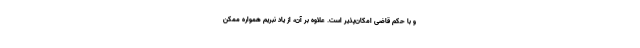
و با حکم قاضی امکان‌پذیر است. علاوه بر آن، از یاد نبریم همواره ممکن